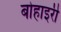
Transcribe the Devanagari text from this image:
बोहाइरी